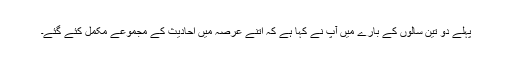
پہلے دو تین سالوں کے بارے میں آپ نے کہا ہے کہ اتنے عرصہ میں احادیث کے مجموعے مکمل کئے گئے۔